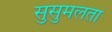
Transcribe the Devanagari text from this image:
सुसुमलता